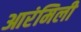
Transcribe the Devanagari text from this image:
आरंमिली